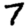
Digit: 7